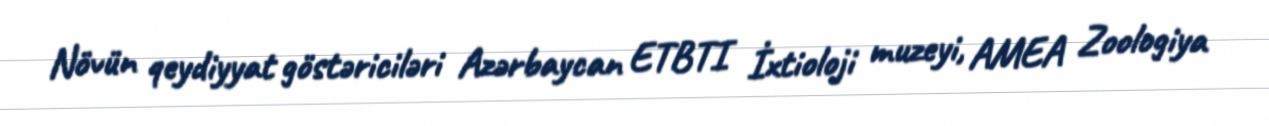
Növün qeydiyyat göstəriciləri Azərbaycan ETBTI İxtioloji muzeyi, AMEA Zoologiya